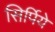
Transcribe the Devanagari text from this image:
सिर्पिये